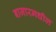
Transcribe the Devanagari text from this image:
बाजारमधील